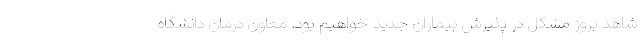
شاهد بروز مشکل در پذیرش بیماران جدید خواهیم بود. معاون درمان دانشگاه